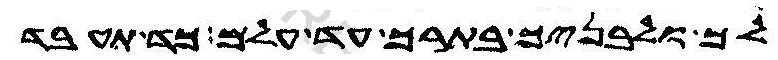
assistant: לך ולבניך בתרך עד עלם כד תעבד